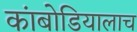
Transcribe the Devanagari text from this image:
कांबोडियालाच